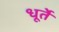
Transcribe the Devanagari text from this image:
धूर्ते